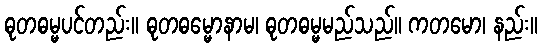
ဓုတဓမ္မပင်တည်း။ ဓုတဓမ္မောနာမ၊ ဓုတဓမ္မမည်သည်။ ကတမော၊ နည်း။